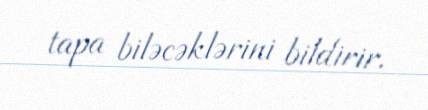
tapa biləcəklərini bildirir.